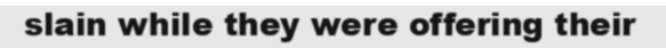
slain while they were offering their